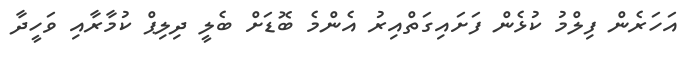
އަހަރެން ފިލްމު ކުޅެން ފަށައިގަތްއިރު އެންމެ ބޮޑަށް ބެލީ ދިލިޕް ކުމާރާއި ވަހީދާ